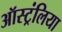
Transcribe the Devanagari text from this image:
ऑस्ट्रंलिया